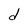
Character: d